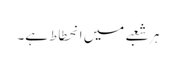
ہر شعبے میں انحطاط ہے۔